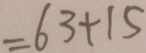
= 6 3 + 1 5